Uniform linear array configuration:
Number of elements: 16
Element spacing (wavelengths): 0.5
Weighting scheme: hamming
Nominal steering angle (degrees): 0
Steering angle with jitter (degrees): -1.052
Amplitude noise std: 0.05
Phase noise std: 0.05

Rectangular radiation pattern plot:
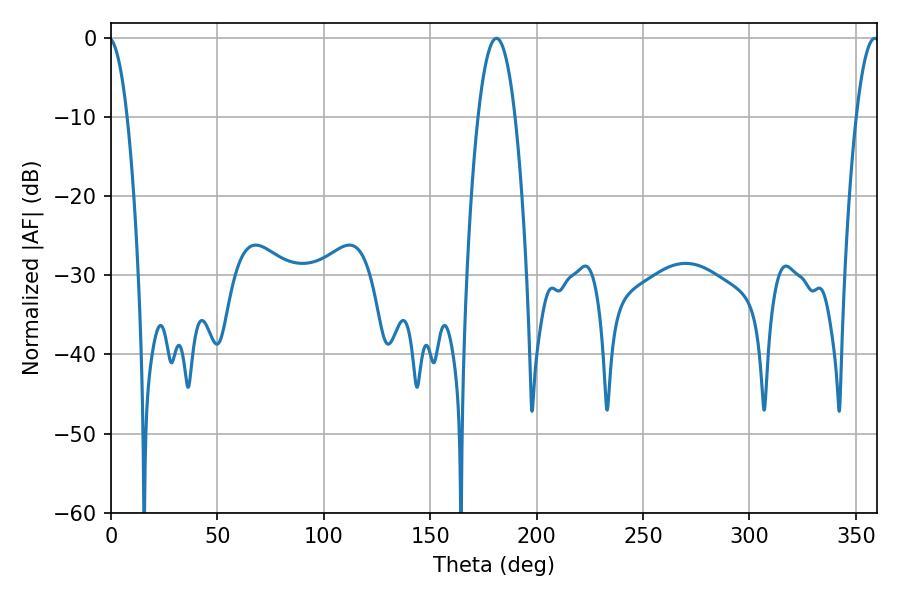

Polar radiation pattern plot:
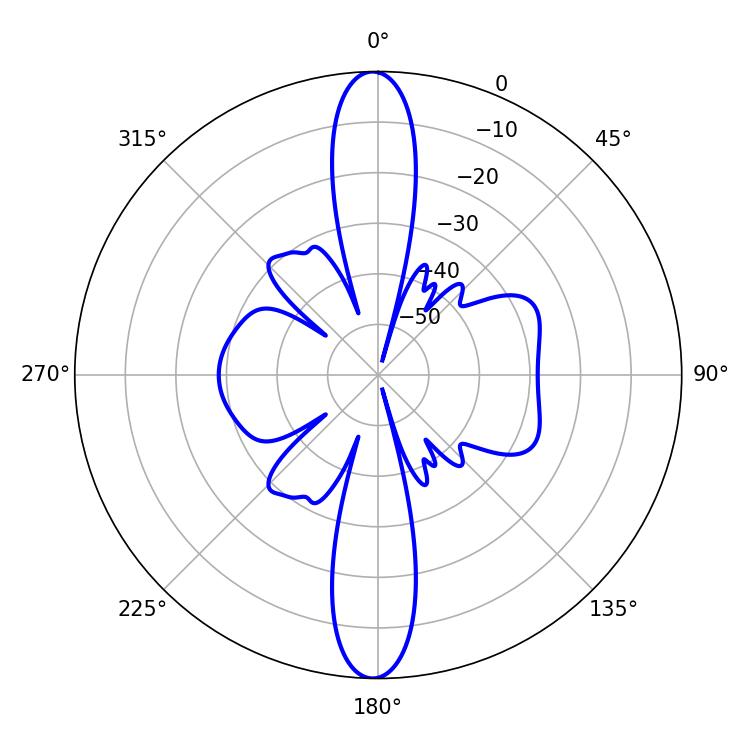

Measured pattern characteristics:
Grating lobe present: FALSE
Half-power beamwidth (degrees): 9.54
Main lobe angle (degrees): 181.08